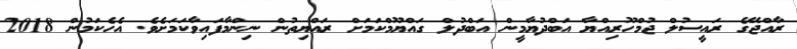
ރާއްޖޭގެ ރައީސުލް ޖުމްހޫރިއްޔާ އަބްދުޔާމީން އަބްދުލް ގައްޔޫމްކަމަށް ރައްޔިތުން ނިންމާފައިވާކަމަށެވެ. އެހެކަމުން 2018